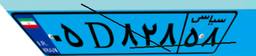
۸۵D۱۶۲۸۳